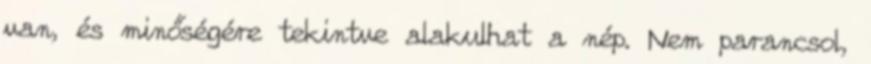
van, és minőségére tekintve alakulhat a nép. Nem parancsol,